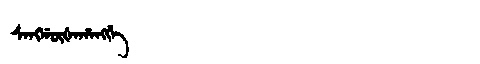
Manchu: ᠰᠠᠩᡤᡡᡧᠠᡥᠠᠩᡤᡝ
Romanization: SANGGŪŠAHANGGE